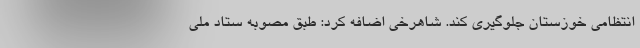
انتظامی خوزستان جلوگیری کند. شاهرخی اضافه کرد: طبق مصوبه ستاد ملی